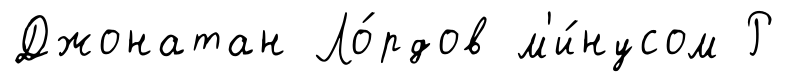
Джонатан Ло́рдов м'и́нусом Р